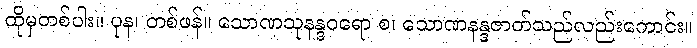
ထိုမှတစ်ပါး။ ပုန၊ တစ်ဖန်။ သောဏသုနန္ဒဝရော စ၊ သောဏနန္ဒဇာတ်သည်လည်းကောင်း။